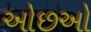
ઓછઓ